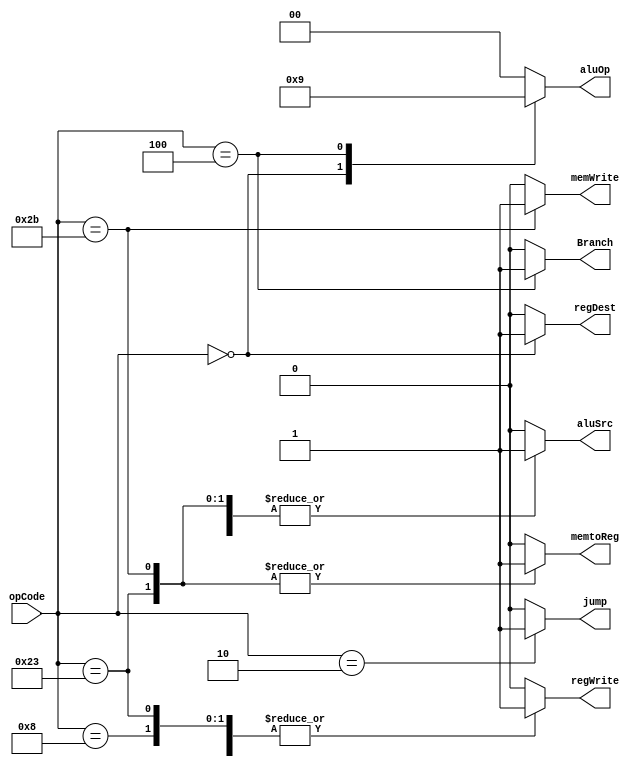
module Main_Decoder
  (input      wire  [5:0]    opCode,
  
   output     reg            jump,
   output     reg   [1:0]    aluOp,
   output     reg            memWrite,
   output     reg            regWrite,
   output     reg            regDest,
   output     reg            aluSrc,
   output     reg            memtoReg,
   output     reg            Branch
   );

always@(*)
   begin
      case(opCode)
        6'b10_0011: begin
                      jump=0;
                      aluOp=2'b00;
                      memWrite=0;
                      regWrite=1;
                      regDest=0;
                      aluSrc=1;
                      memtoReg=1;
                      Branch=0;
                    end
                    ///////////////////////////////////
        6'b10_1011: begin
                      jump=0;
                      aluOp=2'b00;
                      memWrite=1;
                      regWrite=0;
                      regDest=0;
                      aluSrc=1;
                      memtoReg=1;
                      Branch=0;
                    end
                    //////////////////////////////////////
        6'b00_0000: begin
                      jump=0;
                      aluOp=2'b10;
                      memWrite=0;
                      regWrite=1;
                      regDest=1;
                      aluSrc=0;
                      memtoReg=0;
                      Branch=0;
                    end
                    ///////////////////////////////////////
        6'b00_1000: begin
                      jump=0;
                      aluOp=2'b00;
                      memWrite=0;
                      regWrite=1;
                      regDest=0;
                      aluSrc=1;
                      memtoReg=0;
                      Branch=0;
                    end
                    /////////////////////////////////////////
        6'b00_0100: begin
                      jump=0;
                      aluOp=2'b01;
                      memWrite=0;
                      regWrite=0;
                      regDest=0;
                      aluSrc=0;
                      memtoReg=0;
                      Branch=1;
                    end
                    //////////////////////////////////////////
        6'b00_0010: begin
                      jump=1;
                      aluOp=2'b00;
                      memWrite=0;
                      regWrite=0;
                      regDest=0;
                      aluSrc=0;
                      memtoReg=0;
                      Branch=0;
                    end
                    ///////////////////////////////////////////
        default    : begin
                      jump=0;
                      aluOp=2'b00;
                      memWrite=0;
                      regWrite=0;
                      regDest=0;
                      aluSrc=0;
                      memtoReg=0;
                      Branch=0;
                    end
                  endcase
                end
              endmodule